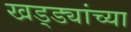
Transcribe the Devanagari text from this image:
खड्ड्यांच्या